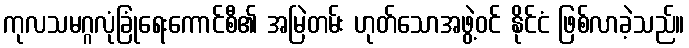
ကုလသမဂ္ဂလုံခြုံရေးကောင်စီ၏ အမြဲတမ်း ဟုတ်သောအဖွဲ့ဝင် နိုင်ငံ ဖြစ်လာခဲ့သည်။